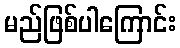
မည်ဖြစ်ပါကြောင်း